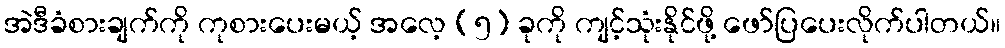
အဲဒီခံစားချက်ကို ကုစားပေးမယ့် အလေ့ (၅) ခုကို ကျင့်သုံးနိုင်ဖို့ ဖော်ပြပေးလိုက်ပါတယ်။